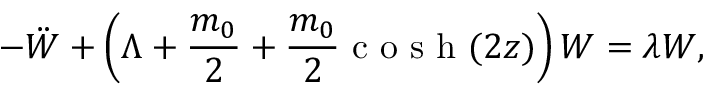
- \ddot { W } + \left( \Lambda + \frac { m _ { 0 } } { 2 } + \frac { m _ { 0 } } { 2 } \textrm { c o s h } ( 2 z ) \right) W = \lambda W ,